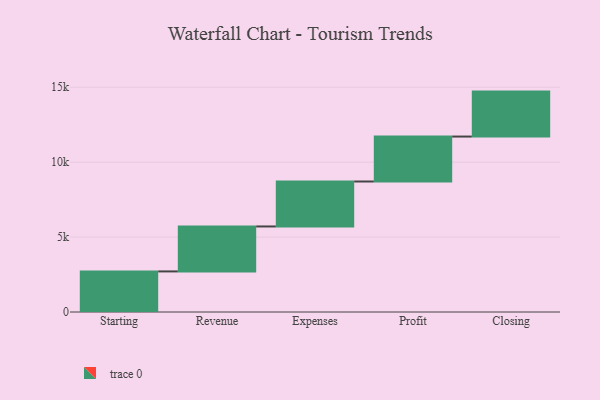
{"axis": {"x": "Step", "y": "Value"}, "legend": [""], "data": [{"x": "Starting", "y": 2709.0, "type": ""}, {"x": "Revenue", "y": 3000, "type": ""}, {"x": "Expenses", "y": 3000, "type": ""}, {"x": "Profit", "y": 3000, "type": ""}, {"x": "Closing", "y": 3000, "type": ""}]}